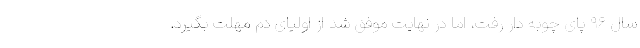
سال ۹۶ پای چوبه دار رفت، اما در نهایت موفق شد از اولیای دم مهلت بگیرد.